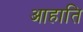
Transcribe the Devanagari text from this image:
आहाति